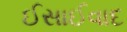
ઈસાઈવાદ